Civil Veterinary Dept. Bombay admin report 1914-1922 - 1914-1922
Year: 1914
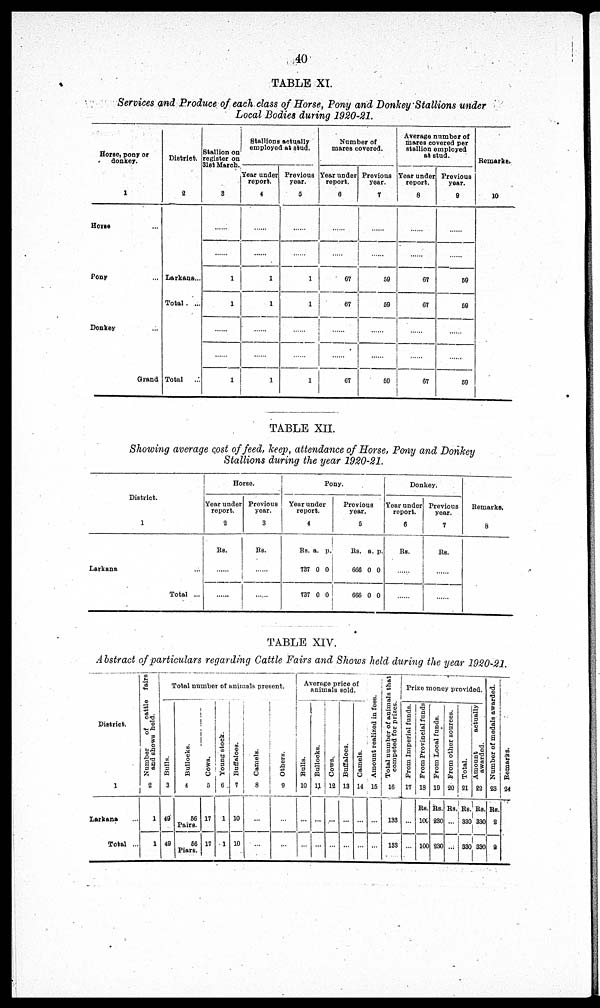
40
TABLE XI.
Services and Produce of each class of Horse, Pony and Donkey Stallions under
Local Bodies during 1920-21.
Horse, pony or
donkey.
1
Horse ...
Pony ...
Donkey
District.
2
.......
......
Larkans ...
Total
...
......
......
Grand Total ...
Stallion on
register on
31st March.
3
.......
......
1
1
.......
......
1
Stallions actually
employed at stud.
Year under
report.
4
.......
......
1
1
......
......
......
Previous
year.
5
......
......
1
1
.......
......
1
Number of
mares covered.
Year under
report.
6
......
........
67
67
......
.......
67
Provious
year.
7
.......
.......
59
59
......
......
59
Average number of
mares covered per
stallion employed
at stud.
Year undor
report.
8
......
......
67
67
.......
.......
67
Previous
year.
9
.......
......
59
59
.......
......
59
Remarks.
10
TABLE XII.
Showing average cost of feed, keep, attendance of Horse, Pony and Donkey
Stallions during the year 1920-21,
District.
1
Larkana
...
Total ...
Horse.
Year under
report.
2
Rs.
......
.......
Provious
year.
3
Rs.
......
......
Pony.
Year under
report.
4
Rs.
737
737
a.
0
0
p.
0
0
Provious
year.
5
Rs.
666
666
a.
0
0
p.
0
0
Donkey.
Year under
report.
6
Rs.
.......
......
Previous
year.
7
Rs.
......
......
Remarks.
8
TABLE XIV.
Abstract of particulars regarding Cattle Fairs and Shows held during the year 1920-21.
District.
1
Larkana ...
Total ...
Number
of cattle
fairs
and shows held.
2
1
1
Total number of animals present.
Bulls.
3
49
49
Bullocks.
4
56
Pairs.
56
Piars.
Cows.
5
17
17
Young stock.
6
1
1
Buffaloes.
7
10
10
Camels.
8
...
...
Others.
9
...
...
Average price of
animals sold.
Bulls.
10
...
...
Bullocks.
11
...
...
Cows.
12
...
...
Buffaloes.
13
...
...
Camels.
14
...
...
Amount realized in foes.
15
...
...
Total number of animals that
competed for prizes.
16
133
133
Prize money provided.
From Imperial funds.
17
...
...
From Provincial funds
18
Rs.
100
100
From Local funds.
19
Rs.
230
230
From other sources.
20
Rs.
...
...
Total.
21
Rs.
330
330
Amount
actually
awarded.
22
Rs.
330
330
Number of medals
awarded.
23
Rs.
2
2
Re ma r
ks .
24